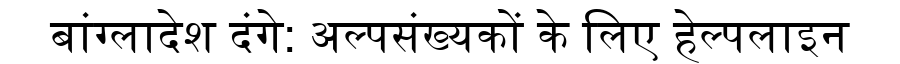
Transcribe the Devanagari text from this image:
बांग्लादेश दंगे: अल्पसंख्यकों के लिए हेल्पलाइन